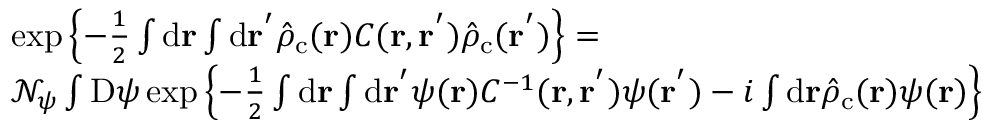
\begin{array} { r l } & { \exp \left\{ - \frac { 1 } { 2 } \int \mathrm { d } \mathbf { r } \int \mathrm { d } \mathbf { r ^ { ' } } \hat { \rho } _ { \mathrm { c } } ( \mathbf { r } ) C ( \mathbf { r } , \mathbf { r ^ { ' } } ) \hat { \rho } _ { \mathrm { c } } ( \mathbf { r ^ { ' } } ) \right\} = } \\ & { \mathcal { N } _ { \psi } \int \mathrm { D } \psi \exp \left\{ - \frac { 1 } { 2 } \int \mathrm { d } \mathbf { r } \int \mathrm { d } \mathbf { r ^ { ' } } \psi ( \mathbf { r } ) C ^ { - 1 } ( \mathbf { r } , \mathbf { r ^ { ' } } ) \psi ( \mathbf { r ^ { ' } } ) - i \int \mathrm { d } \mathbf { r } \hat { \rho } _ { \mathrm { c } } ( \mathbf { r } ) \psi ( \mathbf { r } ) \right\} } \end{array}